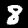
Label: 8